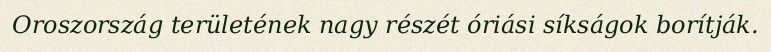
Oroszország területének nagy részét óriási síkságok borítják.